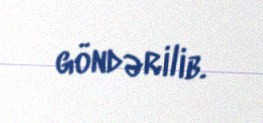
göndərilib.